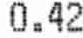
0.42